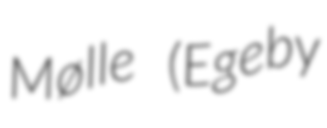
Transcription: Mølle (Egeby